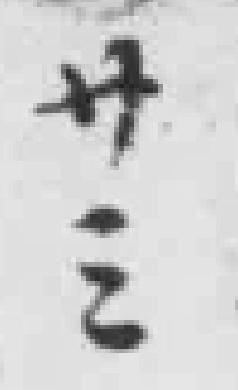
廿三